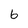
Character: 6